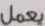
يعمل